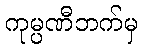
ကုမ္ပဏီဘက်မှ